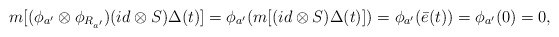
\begin{align*}m[(\phi_{a^\prime}\otimes\phi_{R_{a^\prime}})(id\otimes S)\Delta(t)]=\phi_{a^\prime}(m[(id\otimes S)\Delta(t)])=\phi_{a^\prime}(\bar{e}(t))=\phi_{a^\prime}(0)=0,\end{align*}